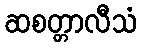
ဆစတ္တာလီသံ